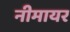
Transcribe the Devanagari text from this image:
नीमायर